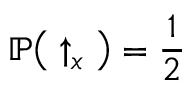
\mathbb { P } \big ( \uparrow _ { x } \big ) = \frac { 1 } { 2 }